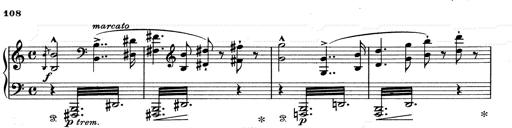
Title: Walhall aus Der Ring des Nibelungen
Composer: Franz Liszt